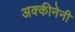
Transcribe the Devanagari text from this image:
अक्कीनेनी